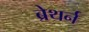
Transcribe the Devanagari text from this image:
ब्रेथर्न